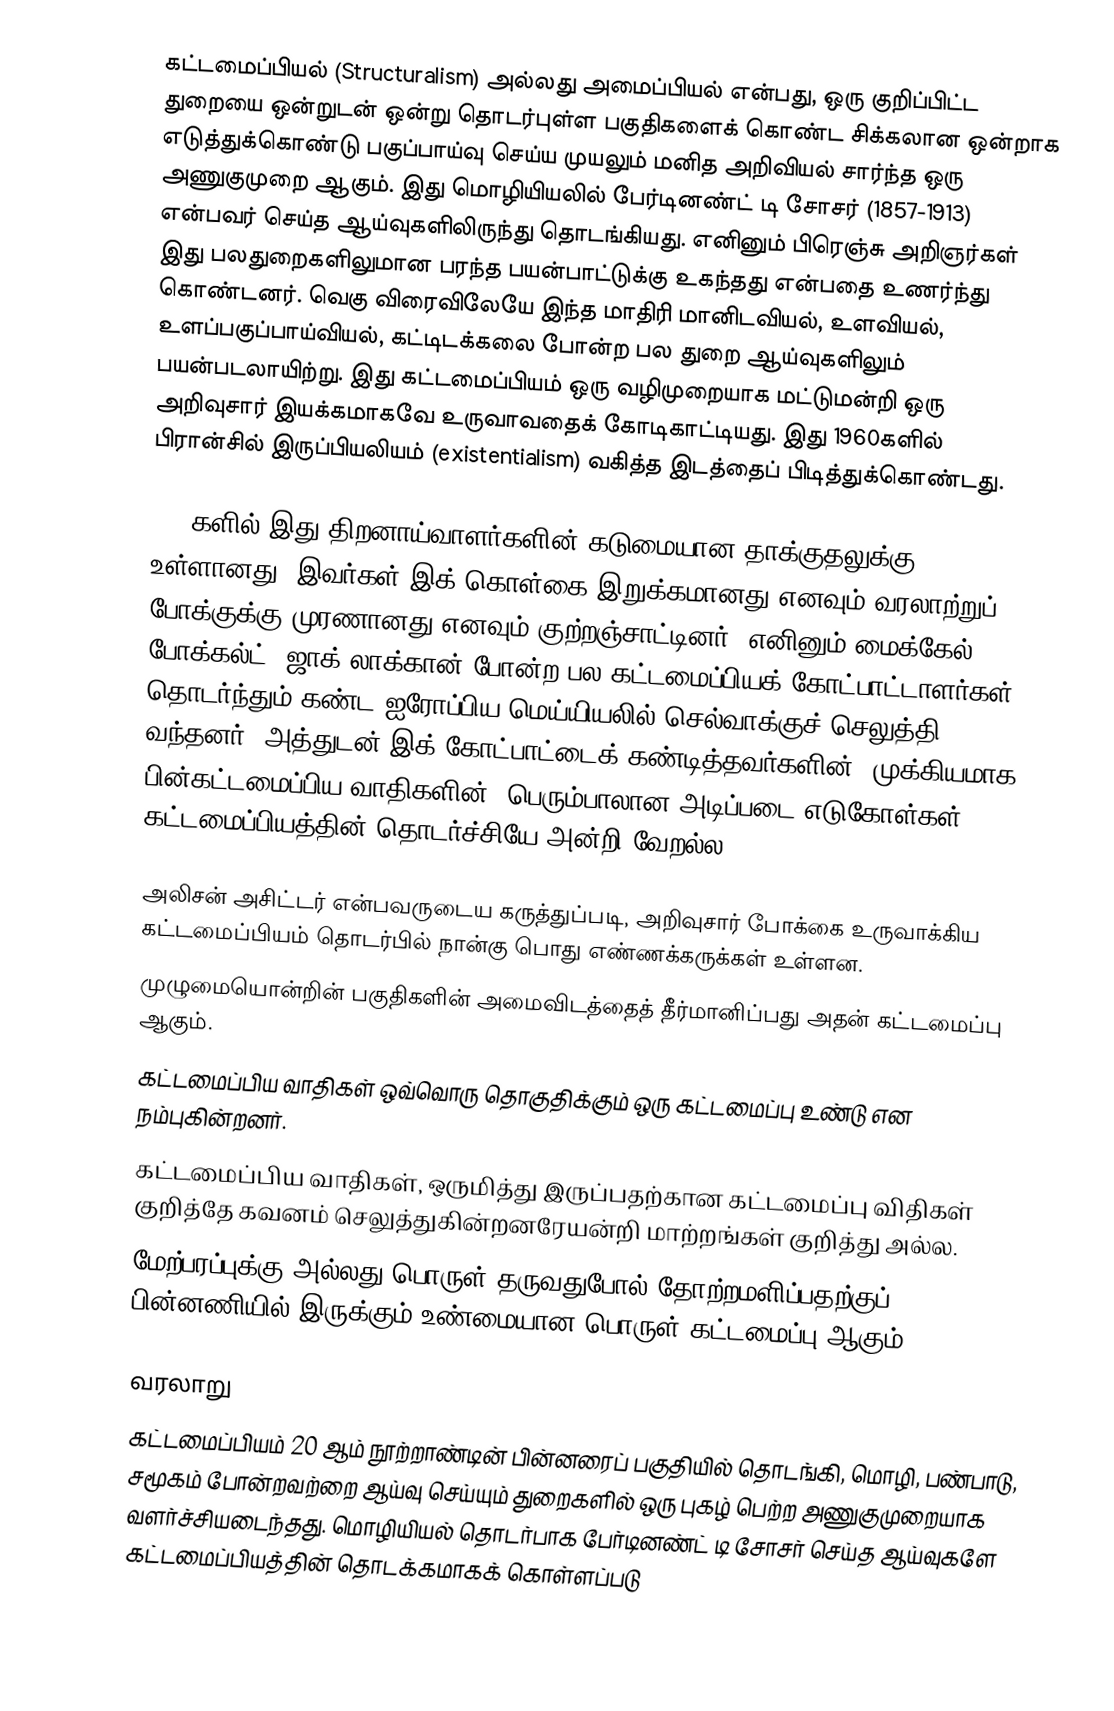
கட்டமைப்பியல் (Structuralism) அல்லது அமைப்பியல் என்பது, ஒரு குறிப்பிட்ட துறையை ஒன்றுடன் ஒன்று தொடர்புள்ள பகுதிகளைக் கொண்ட சிக்கலான ஒன்றாக எடுத்துக்கொண்டு பகுப்பாய்வு செய்ய முயலும் மனித அறிவியல் சார்ந்த ஒரு அணுகுமுறை ஆகும். இது மொழியியலில் பேர்டினண்ட் டி சோசர் (1857-1913) என்பவர் செய்த ஆய்வுகளிலிருந்து தொடங்கியது. எனினும் பிரெஞ்சு அறிஞர்கள் இது பலதுறைகளிலுமான பரந்த பயன்பாட்டுக்கு உகந்தது என்பதை உணர்ந்து கொண்டனர். வெகு விரைவிலேயே இந்த மாதிரி மானிடவியல், உளவியல், உளப்பகுப்பாய்வியல், கட்டிடக்கலை போன்ற பல துறை ஆய்வுகளிலும் பயன்படலாயிற்று. இது கட்டமைப்பியம் ஒரு வழிமுறையாக மட்டுமன்றி ஒரு அறிவுசார் இயக்கமாகவே உருவாவதைக் கோடிகாட்டியது. இது 1960களில் பிரான்சில் இருப்பியலியம் (existentialism) வகித்த இடத்தைப் பிடித்துக்கொண்டது.

1970களில் இது திறனாய்வாளர்களின் கடுமையான தாக்குதலுக்கு உள்ளானது. இவர்கள் இக் கொள்கை இறுக்கமானது எனவும் வரலாற்றுப் போக்குக்கு முரணானது எனவும் குற்றஞ்சாட்டினர். எனினும் மைக்கேல் போக்கல்ட், ஜாக் லாக்கான் போன்ற பல கட்டமைப்பியக் கோட்பாட்டாளர்கள் தொடர்ந்தும் கண்ட ஐரோப்பிய மெய்யியலில் செல்வாக்குச் செலுத்தி வந்தனர். அத்துடன் இக் கோட்பாட்டைக் கண்டித்தவர்களின், முக்கியமாக பின்கட்டமைப்பிய வாதிகளின், பெரும்பாலான அடிப்படை எடுகோள்கள் கட்டமைப்பியத்தின் தொடர்ச்சியே அன்றி வேறல்ல.

அலிசன் அசிட்டர் என்பவருடைய கருத்துப்படி, அறிவுசார் போக்கை உருவாக்கிய கட்டமைப்பியம் தொடர்பில் நான்கு பொது எண்ணக்கருக்கள் உள்ளன.
 முழுமையொன்றின் பகுதிகளின் அமைவிடத்தைத் தீர்மானிப்பது அதன் கட்டமைப்பு ஆகும்.
 கட்டமைப்பிய வாதிகள் ஒவ்வொரு தொகுதிக்கும் ஒரு கட்டமைப்பு உண்டு என நம்புகின்றனர்.
 கட்டமைப்பிய வாதிகள், ஒருமித்து இருப்பதற்கான கட்டமைப்பு விதிகள் குறித்தே கவனம் செலுத்துகின்றனரேயன்றி மாற்றங்கள் குறித்து அல்ல.
 மேற்பரப்புக்கு அல்லது பொருள் தருவதுபோல் தோற்றமளிப்பதற்குப் பின்னணியில் இருக்கும் உண்மையான பொருள் கட்டமைப்பு ஆகும்.

வரலாறு
கட்டமைப்பியம் 20 ஆம் நூற்றாண்டின் பின்னரைப் பகுதியில் தொடங்கி, மொழி, பண்பாடு, சமூகம் போன்றவற்றை ஆய்வு செய்யும் துறைகளில் ஒரு புகழ் பெற்ற அணுகுமுறையாக வளர்ச்சியடைந்தது. மொழியியல் தொடர்பாக பேர்டினண்ட் டி சோசர் செய்த ஆய்வுகளே கட்டமைப்பியத்தின் தொடக்கமாகக் கொள்ளப்படு